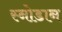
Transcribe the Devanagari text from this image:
स्नोडान